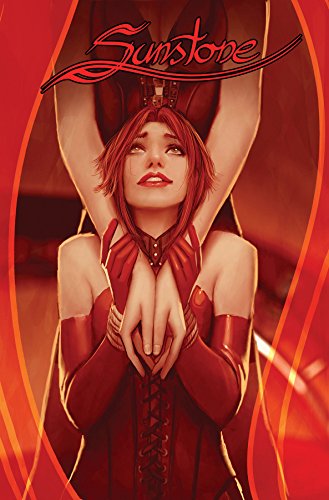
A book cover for Sunstone Volume 4; Stjepan Sejic; Comics & Graphic Novels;